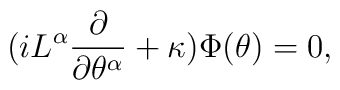
(iL^{\alpha}{\partial\over\partial\theta^{\alpha}}+\kappa)\Phi(\theta)=0,